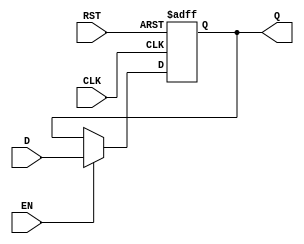
module intermediate_register #(
    parameter WIDTH = 8  // Parameterized width of the register
) (
    input wire [WIDTH-1:0] D,     // Data input
    input wire CLK,                 // Clock input
    input wire RST,                 // Asynchronous reset
    input wire EN,                  // Enable signal (optional)
    output reg [WIDTH-1:0] Q        // Data output
);

// Sequential logic for register functionality
always @(posedge CLK or posedge RST) begin
    if (RST) begin
        Q <= {WIDTH{1'b0}};         // Reset output to 0
    end else if (EN) begin
        Q <= D;                     // Capture data on clock edge when enabled
    end
end

endmodule